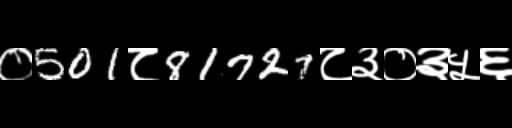
Text: ०501८81727८३०३५६